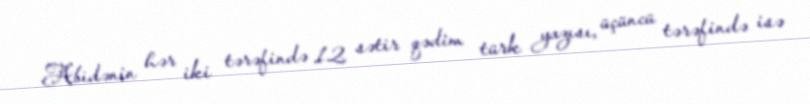
Abidənin hər iki tərəfində 12 sətir qədim türk yazısı, üçüncü tərəfində isə